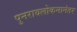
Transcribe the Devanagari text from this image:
पुनरावलोकनानंतर